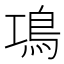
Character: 䲨